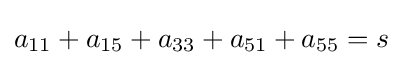
a_{11}+a_{15}+a_{33}+a_{51}+a_{55}=s